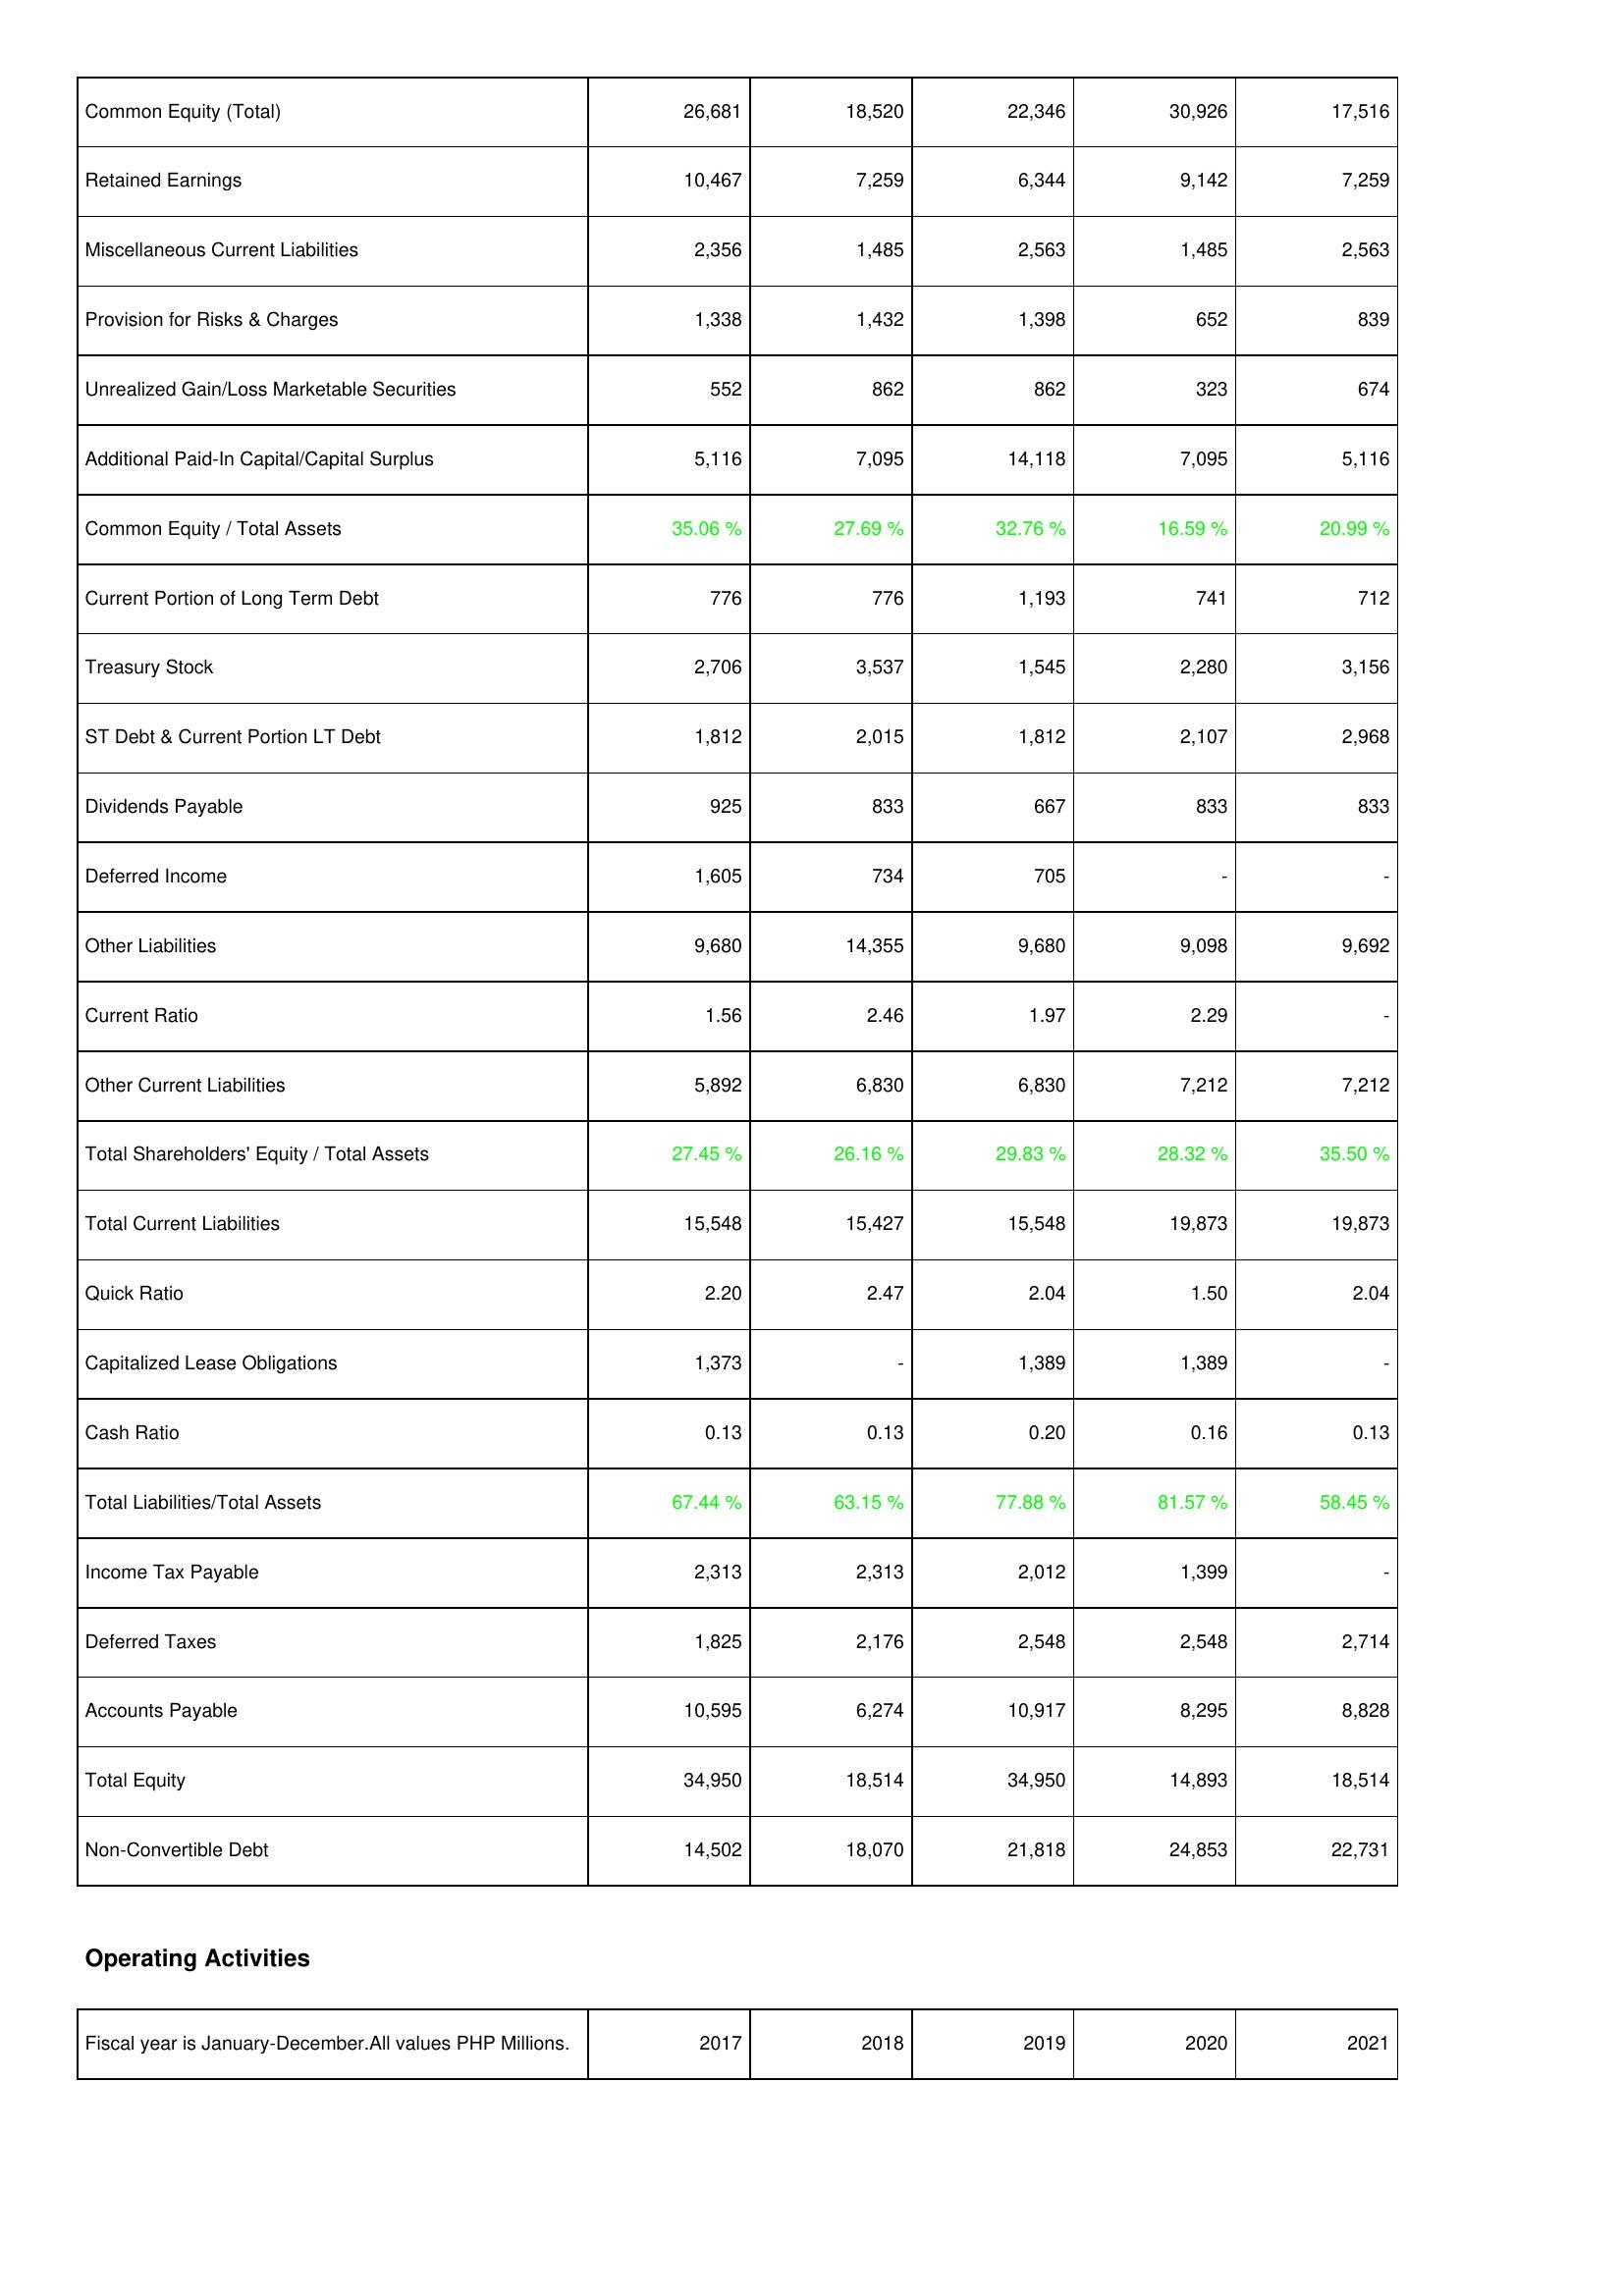
2017: Liabilities & Shareholders' Equity: Common Equity (Total): 26,681
Retained Earnings: 10,467
Miscellaneous Current Liabilities: 2,356
Provision for Risks & Charges: 1,338
Unrealized Gain/Loss Marketable Securities: 552
Additional Paid-In Capital/Capital Surplus: 5,116
Common Equity / Total Assets: 35.06 %
Current Portion of Long Term Debt: 776
Treasury Stock: 2,706
ST Debt & Current Portion LT Debt: 1,812
Dividends Payable: 925
Deferred Income: 1,605
Other Liabilities: 9,680
Current Ratio: 1.56
Other Current Liabilities: 5,892
Total Shareholders' Equity / Total Assets: 27.45 %
Total Current Liabilities: 15,548
Quick Ratio: 2.20
Capitalized Lease Obligations: 1,373
Cash Ratio: 0.13
Total Liabilities/Total Assets: 67.44 %
Income Tax Payable: 2,313
Deferred Taxes: 1,825
Accounts Payable: 10,595
Total Equity: 34,950
Non-Convertible Debt: 14,502
2018: Liabilities & Shareholders' Equity: Common Equity (Total): 18,520
Retained Earnings: 7,259
Miscellaneous Current Liabilities: 1,485
Provision for Risks & Charges: 1,432
Unrealized Gain/Loss Marketable Securities: 862
Additional Paid-In Capital/Capital Surplus: 7,095
Common Equity / Total Assets: 27.69 %
Current Portion of Long Term Debt: 776
Treasury Stock: 3,537
ST Debt & Current Portion LT Debt: 2,015
Dividends Payable: 833
Deferred Income: 734
Other Liabilities: 14,355
Current Ratio: 2.46
Other Current Liabilities: 6,830
Total Shareholders' Equity / Total Assets: 26.16 %
Total Current Liabilities: 15,427
Quick Ratio: 2.47
Capitalized Lease Obligations: -
Cash Ratio: 0.13
Total Liabilities/Total Assets: 63.15 %
Income Tax Payable: 2,313
Deferred Taxes: 2,176
Accounts Payable: 6,274
Total Equity: 18,514
Non-Convertible Debt: 18,070
2019: Liabilities & Shareholders' Equity: Common Equity (Total): 22,346
Retained Earnings: 6,344
Miscellaneous Current Liabilities: 2,563
Provision for Risks & Charges: 1,398
Unrealized Gain/Loss Marketable Securities: 862
Additional Paid-In Capital/Capital Surplus: 14,118
Common Equity / Total Assets: 32.76 %
Current Portion of Long Term Debt: 1,193
Treasury Stock: 1,545
ST Debt & Current Portion LT Debt: 1,812
Dividends Payable: 667
Deferred Income: 705
Other Liabilities: 9,680
Current Ratio: 1.97
Other Current Liabilities: 6,830
Total Shareholders' Equity / Total Assets: 29.83 %
Total Current Liabilities: 15,548
Quick Ratio: 2.04
Capitalized Lease Obligations: 1,389
Cash Ratio: 0.20
Total Liabilities/Total Assets: 77.88 %
Income Tax Payable: 2,012
Deferred Taxes: 2,548
Accounts Payable: 10,917
Total Equity: 34,950
Non-Convertible Debt: 21,818
2020: Liabilities & Shareholders' Equity: Common Equity (Total): 30,926
Retained Earnings: 9,142
Miscellaneous Current Liabilities: 1,485
Provision for Risks & Charges: 652
Unrealized Gain/Loss Marketable Securities: 323
Additional Paid-In Capital/Capital Surplus: 7,095
Common Equity / Total Assets: 16.59 %
Current Portion of Long Term Debt: 741
Treasury Stock: 2,280
ST Debt & Current Portion LT Debt: 2,107
Dividends Payable: 833
Deferred Income: -
Other Liabilities: 9,098
Current Ratio: 2.29
Other Current Liabilities: 7,212
Total Shareholders' Equity / Total Assets: 28.32 %
Total Current Liabilities: 19,873
Quick Ratio: 1.50
Capitalized Lease Obligations: 1,389
Cash Ratio: 0.16
Total Liabilities/Total Assets: 81.57 %
Income Tax Payable: 1,399
Deferred Taxes: 2,548
Accounts Payable: 8,295
Total Equity: 14,893
Non-Convertible Debt: 24,853
2021: Liabilities & Shareholders' Equity: Common Equity (Total): 17,516
Retained Earnings: 7,259
Miscellaneous Current Liabilities: 2,563
Provision for Risks & Charges: 839
Unrealized Gain/Loss Marketable Securities: 674
Additional Paid-In Capital/Capital Surplus: 5,116
Common Equity / Total Assets: 20.99 %
Current Portion of Long Term Debt: 712
Treasury Stock: 3,156
ST Debt & Current Portion LT Debt: 2,968
Dividends Payable: 833
Deferred Income: -
Other Liabilities: 9,692
Current Ratio: -
Other Current Liabilities: 7,212
Total Shareholders' Equity / Total Assets: 35.50 %
Total Current Liabilities: 19,873
Quick Ratio: 2.04
Capitalized Lease Obligations: -
Cash Ratio: 0.13
Total Liabilities/Total Assets: 58.45 %
Income Tax Payable: -
Deferred Taxes: 2,714
Accounts Payable: 8,828
Total Equity: 18,514
Non-Convertible Debt: 22,731